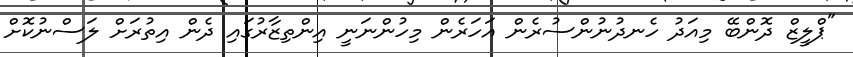
"ޕްލީޒް ދޮންބޭ މިއަދު ހެނދުނުންސުރެން އަހަރެން މިހުންނަނީ އިންތިޒާރުގައި ދެން އިތުރަށް ލަސްނުކޮށް